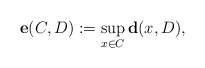
\begin{align*} \mathbf{e}(C,D):=\sup_{x\in C} \mathbf{d}(x,D),\end{align*}